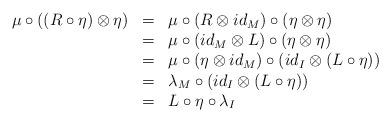
LaTeX: \begin{align*}\begin{array}{lll}\mu\circ ((R\circ\eta)\otimes\eta)&=&\mu\circ (R\otimes id_M)\circ (\eta\otimes\eta)\\&=&\mu\circ (id_M\otimes L)\circ(\eta\otimes \eta)\\&=&\mu\circ (\eta\otimes id_M)\circ (id_I\otimes (L\circ\eta))\\&=&\lambda_M\circ (id_I\otimes (L\circ \eta))\\&=&L\circ\eta\circ \lambda_I\end{array}\end{align*}